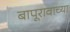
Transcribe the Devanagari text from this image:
बापूरावाच्या